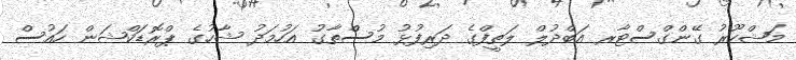
މަޝްހޫރު ގޭންގްސްޓާރ އަބްދުލް ލަތީފްގެ ދަރިފުޅު މުސްތާގު އަހުމަދު ޝާހުގެ ޕްރޮޑަކްޝަން ހައުސް